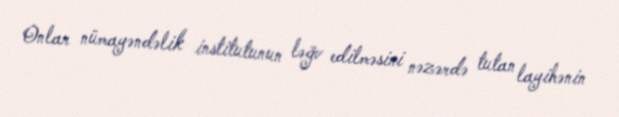
Onlar nümayəndəlik institutunun ləğv edilməsini nəzərdə tutan layihənin